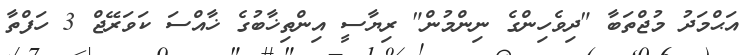
އަޙްމަދު މުޖްތަބާ "ދިވެހިންގެ ނިންމުން" ރިޔާސީ އިންތިޚާބުގެ ޚާއްސަ ކަވަރޭޖް 3 ހަފްތާ